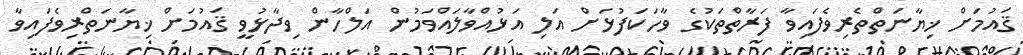
ޤައުމަށް ޚިޔާނަތްތެރިވެފައިވާ ފަރާތްތަކުގެ ވާހަކަފުޅަށް އަލި އަޅުއްވާލައްވަމުން އަލްހާން ވިދާޅުވީ ޤައުމަށް ޚިޔާނަތްރިވެފައިވާ